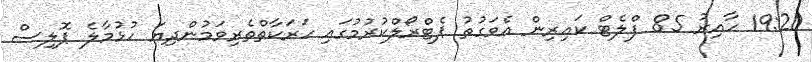
19:20 ހާއިރު 85 ފްލެޓް ކައިރިން އެވަގުތު ޕެޓްރޯލްކުރުމުގައި ހަރަކާތްތެރިވަމުންދިޔަ ހުޅުމާލެ ޕޮލިސް